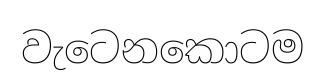
වැටෙනකොටම